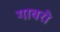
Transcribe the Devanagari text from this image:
गाबरो